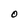
Character: O